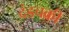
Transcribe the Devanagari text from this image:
दंडचक्री